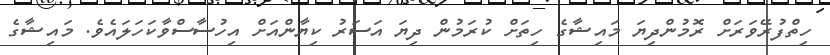
ހިތްފުރޭވަރަށް ރޮމުންދިޔަ މައިޝާގެ ހިތަށް ކުރަމުން ދިޔަ އަސަރު ކިޔާންއަށް އިހުސާސްވާކަހަލައެވެ. މައިޝާގެ